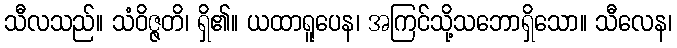
သီလသည်။ သံဝိဇ္ဇတိ၊ ရှိ၏။ ယထာရူပေန၊ အကြင်သို့သဘောရှိသော။ သီလေန၊